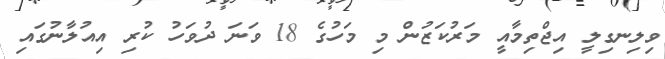
ވިލިނގިލީ އިޖްތިމާއީ މަރުކަޒުން މި މަހުގެ 18 ވަނަ ދުވަހު ކުރި އިއުލާނުގައި